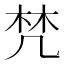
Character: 𣑽